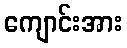
ကျောင်းအား